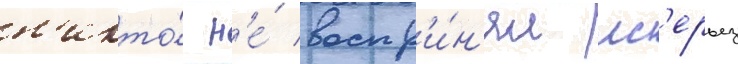
н'икто́ н'е́ воспр'и́н'ял вс'ерьез